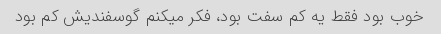
خوب بود فقط یه کم سفت بود، فکر میکنم گوسفندیش کم بود